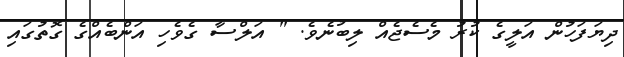
ދިޔަފަހުން އަލީގެ ކުރު މެސެޖެއް ލިބުނެވެ. " އަލްސާ ގެވެހި އަންބެއްގެ ގޮތުގައި